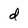
Character: d